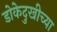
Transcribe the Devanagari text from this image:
डोकेदुखीच्या